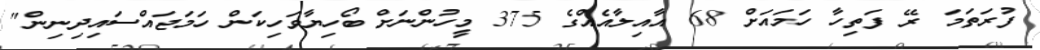
ފުރަތަމަ ރޭ ފަތިހާ ހަމައަށް 68 އާއިލާއެއްގެ 375 މީހުންނަށް ބޯހިޔާވަހިކަން ހަމަޖައްސައިދިނިން"